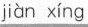
jiàn xíng